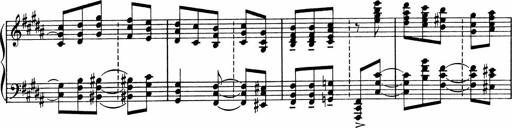
Title: Sonatine pour piano
Composer: Albert Roussel